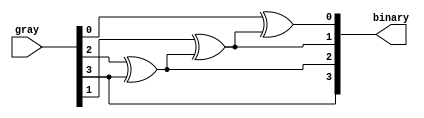
`timescale 1ns / 1ps

module gray_to_binary(    input [3:0] gray,
    output [3:0] binary
);
    
        assign binary[3]= gray[3];
        assign binary[2]= gray[2]^binary[3];
        assign binary[1]= gray[1]^binary[2];
        assign binary[0]= gray[0]^binary[1];

endmodule